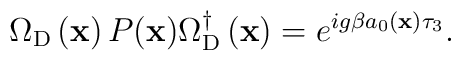
\Omega_{{\rm D}}\left({\bf x}\right)P({\bf x})  \Omega_{{\rm D}}^{\dagger}\left({\bf x}\right)=  e^{ig\beta a_{0}\left({\bf x}\right)\tau_{3}} .